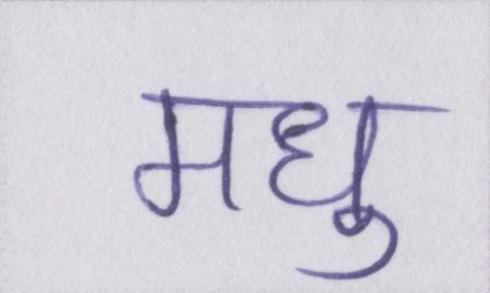
मधु